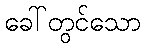
ခေါ်တွင်သော